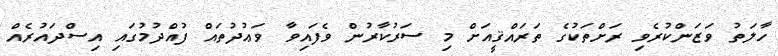
ހާލަތު ވަޒަންކުރެވި ރަށްތަކުގެ ތަރައްޤީއަށް މި ސަރުކާރުން ވެފައިވާ ވަޢުދުތައް ފުއްދުމުގައި އިސްދައުރެއް